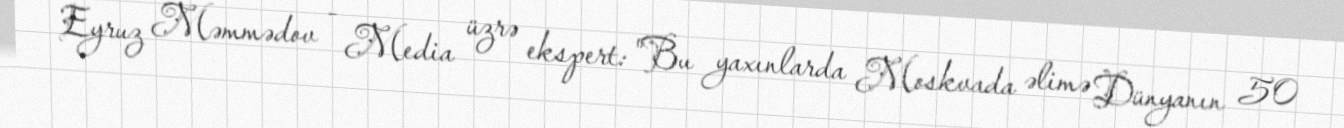
Eyruz Məmmədov - Media üzrə ekspert: "Bu yaxınlarda Moskvada əlimə Dünyanın 50